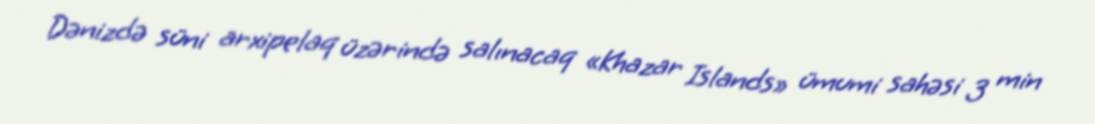
Dənizdə süni arxipelaq üzərində salınacaq «Khazar Islands» ümumi sahəsi 3 min